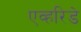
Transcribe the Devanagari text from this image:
एव्हरिडे